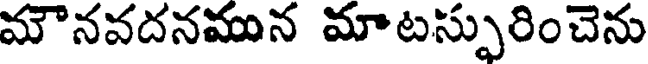
మౌనవదనమున మాటస్పురించెను